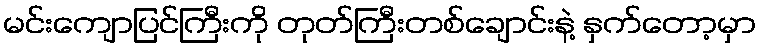
မင်းကျောပြင်ကြီးကို တုတ်ကြီးတစ်ချောင်းနဲ့ နှက်တော့မှာ